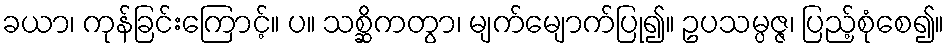
ခယာ၊ ကုန်ခြင်းကြောင့်။ ပ။ သစ္ဆိကတွာ၊ မျက်မျောက်ပြု၍။ ဥပသမ္ပဇ္ဇ၊ ပြည့်စုံစေ၍။